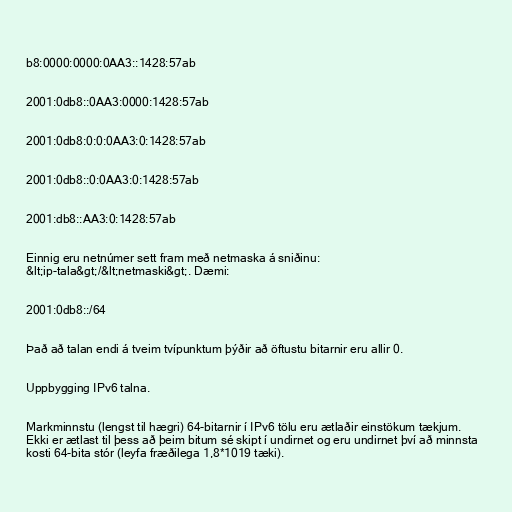
b8:0000:0000:0AA3::1428:57ab

2001:0db8::0AA3:0000:1428:57ab

2001:0db8:0:0:0AA3:0:1428:57ab

2001:0db8::0:0AA3:0:1428:57ab

2001:db8::AA3:0:1428:57ab

Einnig eru netnúmer sett fram með netmaska á sniðinu:
&lt;ip-tala&gt;/&lt;netmaski&gt;. Dæmi:

2001:0db8::/64

Það að talan endi á tveim tvípunktum þýðir að öftustu bitarnir eru allir 0.

Uppbygging IPv6 talna.

Markminnstu (lengst til hægri) 64-bitarnir í IPv6 tölu eru ætlaðir einstökum tækjum.
Ekki er ætlast til þess að þeim bitum sé skipt í undirnet og eru undirnet því að minnsta
kosti 64-bita stór (leyfa fræðilega 1,8*1019 tæki).